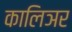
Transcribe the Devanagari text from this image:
कालिञर